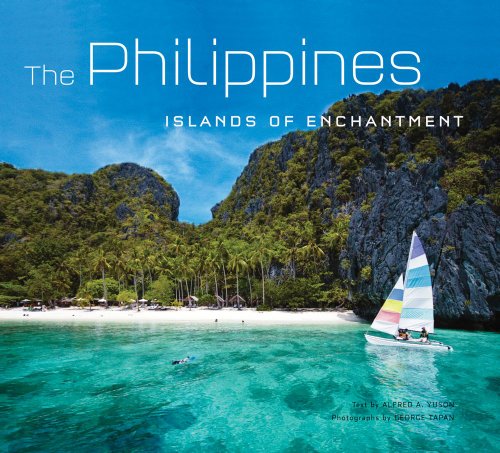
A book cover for Philippines: Islands of Enchantment; Alfred A. Yuson; Travel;